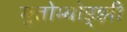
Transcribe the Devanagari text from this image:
मुतोम्बोड्झी